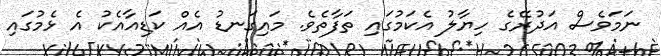
ނަމަވެސް އަދުރޭގެ ހިޔާލު އެކަމުގައި ތަފާތެވެ. މައިގަނޑު އެއް ކަޑިއާއެކު އެ ޅެމުގައި